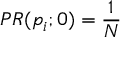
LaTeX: P R ( p _ { i } ; 0 ) = { \frac { 1 } { N } }